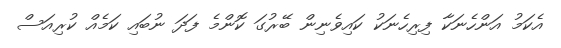
އެކަމު އަންހެނަކާ ފިރިހެނަކު ކައިވެނިން ބޭރުގަ ކޮންމެ ފަދަ ނުބައި ކަމެއް ކުރިއަސް